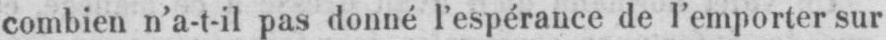
combien n’a-t-il pas donné l’espérance de l’emporter sur